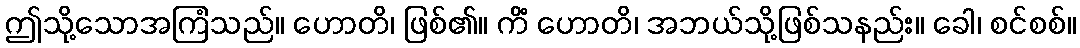
ဤသို့သောအကြံသည်။ ဟောတိ၊ ဖြစ်၏။ ကိံ ဟောတိ၊ အဘယ်သို့ဖြစ်သနည်း။ ခေါ၊ စင်စစ်။